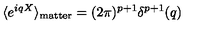
\langle e ^ { i q X } \rangle _ { \mathrm { m a t t e r } } = ( 2 \pi ) ^ { p + 1 } \delta ^ { p + 1 } ( q )